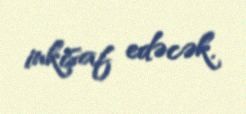
inkişaf edəcək.